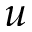
u